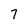
Character: 7